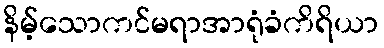
နိမ့်သောကင်မရာအာရုံခံကိရိယာ